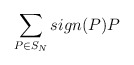
\begin{align*}\sum_{P\in S_{N}}sign(P)P\end{align*}